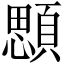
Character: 顋